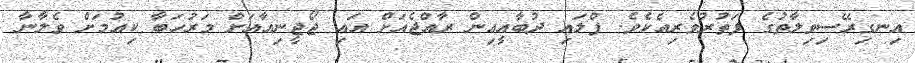
އިނގިރޭސިވިލާތުގެ ފަތުރުވެރިއެކެވެ. ފްލައި ދުބާއީއިން ރާއްޖެއަށް އައި ޖޯޖީނިއާއަށް މަރުހަބާ ކިއުމަށް ވެލާނާ